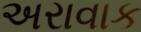
અરાવાક